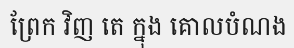
ព្រែក វិញ តេ ក្នុង គោលបំណង